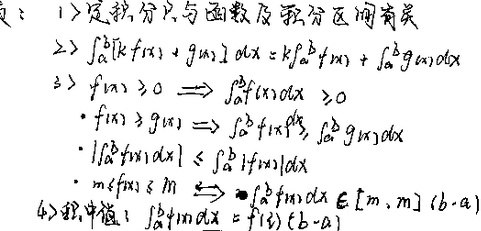
1) 定积分只与函数及积分区间有关
2) \(\int_{a}^{b}[kf(x)+g(x)]\mathrm{d}x = k\int_{a}^{b}f(x)\mathrm{d}x+\int_{a}^{b}g(x)\mathrm{d}x\)
3) \(f(x)\geq0\Rightarrow\int_{a}^{b}f(x)\mathrm{d}x\geq0\)
   - \(f(x)\geq g(x)\Rightarrow\int_{a}^{b}f(x)\mathrm{d}x\geq\int_{a}^{b}g(x)\mathrm{d}x\)
   - \(\left|\int_{a}^{b}f(x)\mathrm{d}x\right|\leq\int_{a}^{b}|f(x)|\mathrm{d}x\)
   - \(m\leq f(x)\leq M\Rightarrow\int_{a}^{b}f(x)\mathrm{d}x\in [m(b - a),M(b - a)]\)
4) 积分中值: \(\int_{a}^{b}f(x)\mathrm{d}x = f(\xi)(b - a)\)